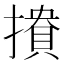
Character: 𢵟